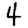
Digit: 4